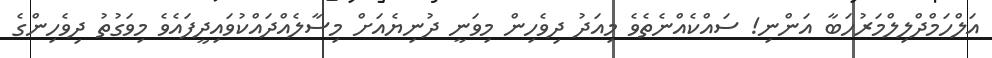
އަލްހަމްދްލިލްމަރުހަބާ އަންނި! ސައްކެއްނެތެވެ މިއަދު ދިވެހިން މިވަނީ ދުނިޔެއަށް މިސާލެއްދައްކުވައިދީފައެވެ މިވަގުތު ދިވެހިންގެ